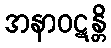
အနာဝဋန္တိ